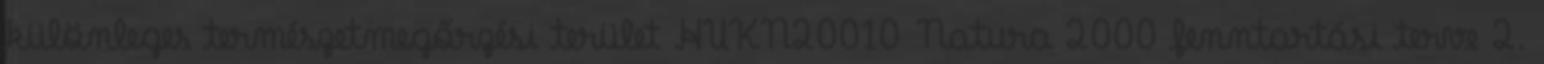
különleges természetmegőrzési terület HUKN20010 Natura 2000 fenntartási terve 2.